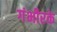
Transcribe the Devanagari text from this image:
गंभीरके